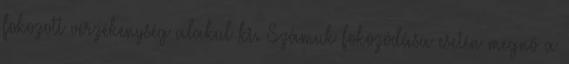
fokozott vérzékenység alakul ki. Számuk fokozódása esetén megnő a